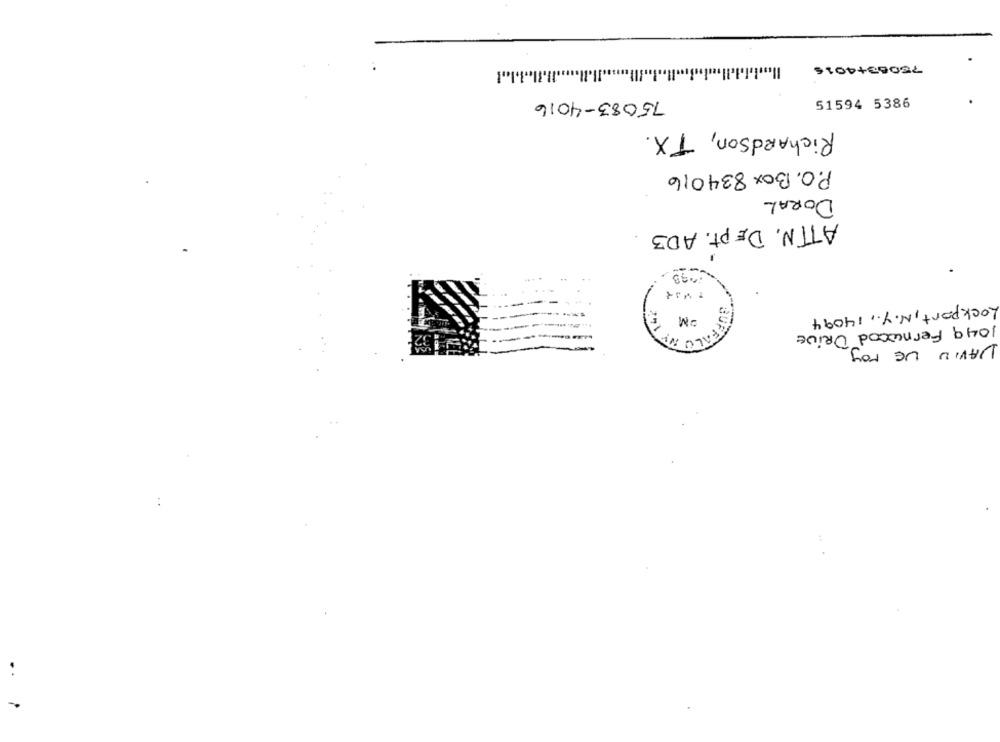
75063+4016
75083-4016
51594 5386
Richardson, TX.
P.O. Box 834016
DORAL
ATTN. DEPT. AD3
1.4%
Lockport, N.Y ., 14094
1049 Fernwood DRIVE
JAVIU DE MOY
BUFFAT